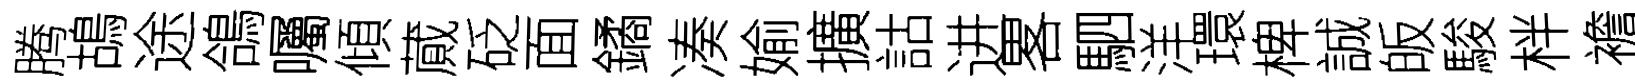
腾鴣途鴿囑傾蕆砭面鐍凑媮擴詁进畧駟洋環椑誠皈駿柈襜